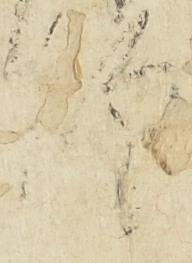
師